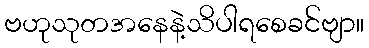
ဗဟုသုတအနေနဲ့သိပါရစေခင်ဗျာ။